Madras plague regulations in force outside the Presidency town - Volume 1
Disease focus: Plague
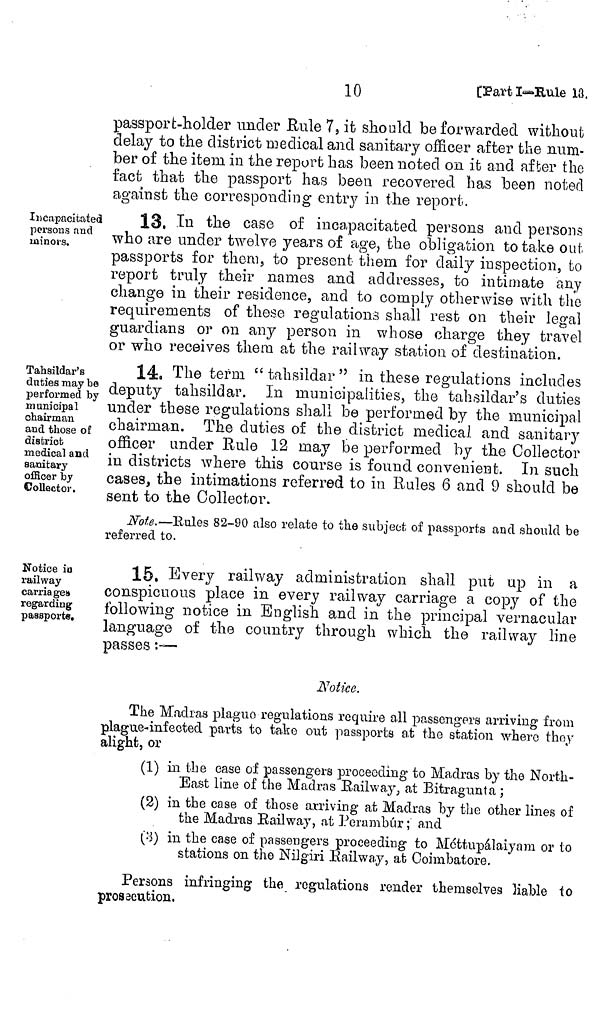
10
[Part I—Eule l8.
passport-holder under Eule 7, it should be forwarded without
delay to the district medical and sanitary officer after the num-
ber of the item in the report has been noted on it and after the
fact that the passport has been recovered has been noted
against the corresponding entry in the report.
Incapacitated
persons find
minors.
13, Tu the case of incapacitated persons and persons
who are under twelve years of age, the obligation to take out,
passports for them, to present them for daily inspections to
report truly their names and addresses, to intimate any
change in their residence, and to comply otherwise with the
requirements of these regulations shall rest on their legal
guardians or on any person in whose charge they travel
or who receives them at the railway station of destination.
Tahsildar's
duties may be
performed by
municipal
chairman
and those of
district
medical and
sanitary
officer by
Collector.
14, The term "tahsildar" in these regulations includes
deputy tahsildar. In municipalities, the tahsildar's duties
under these regulations shall be performed by the municipal
chairman. The duties of the district medical and sanitary
officer under Rule 12 may be performed by the Collector
in districts where this course is found convenient. In such
cases, the intimations referred to in Rules 6 and 9 should be
sent to the Collector.
Note.—Rules 82-90 also relate to the subject of passports and should be
referred to.
Notice io
railway
carriages
regarding
passports.
15. Every railway administration shall put up in a
conspicuous place in every railway carriage a copy of the
following notice in English and in the principal vernacular
language of the country through which the railway line
passes :—-
Notice.
The Madras plaguo regulations require all passengers arriving from
plague-infected parts to take out passports at the station where they
alight, or
(1) in the case of passengers proceeding to Madras by the North-
East line of the Madras Railway, at Bitragunta ;
(2) in the case of those arriving at Madras by the other lines of
the Madras Railway, at Perambúr ; and
(3) in the case of passengers proceeding to Méttupálaiyam or to
stations on the Nilgiri Railway, at Coimbatore.
Persons infringing the regulations render themselves liable to
prossecution,